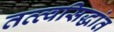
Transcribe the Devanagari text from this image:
तत्त्वसिद्धांत